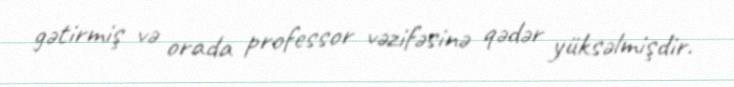
gətirmiş və orada professor vəzifəsinə qədər yüksəlmişdir.